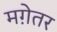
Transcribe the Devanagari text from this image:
मग़ेतर